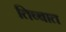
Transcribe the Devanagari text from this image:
तिब्बात